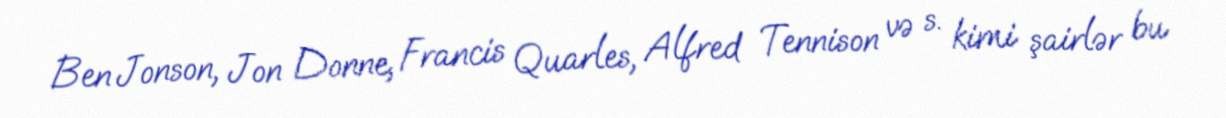
Ben Jonson, Jon Donne, Francis Quarles, Alfred Tennison və s. kimi şairlər bu